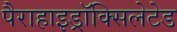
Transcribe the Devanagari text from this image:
पैराहाइड्रॉक्सिलेटेड